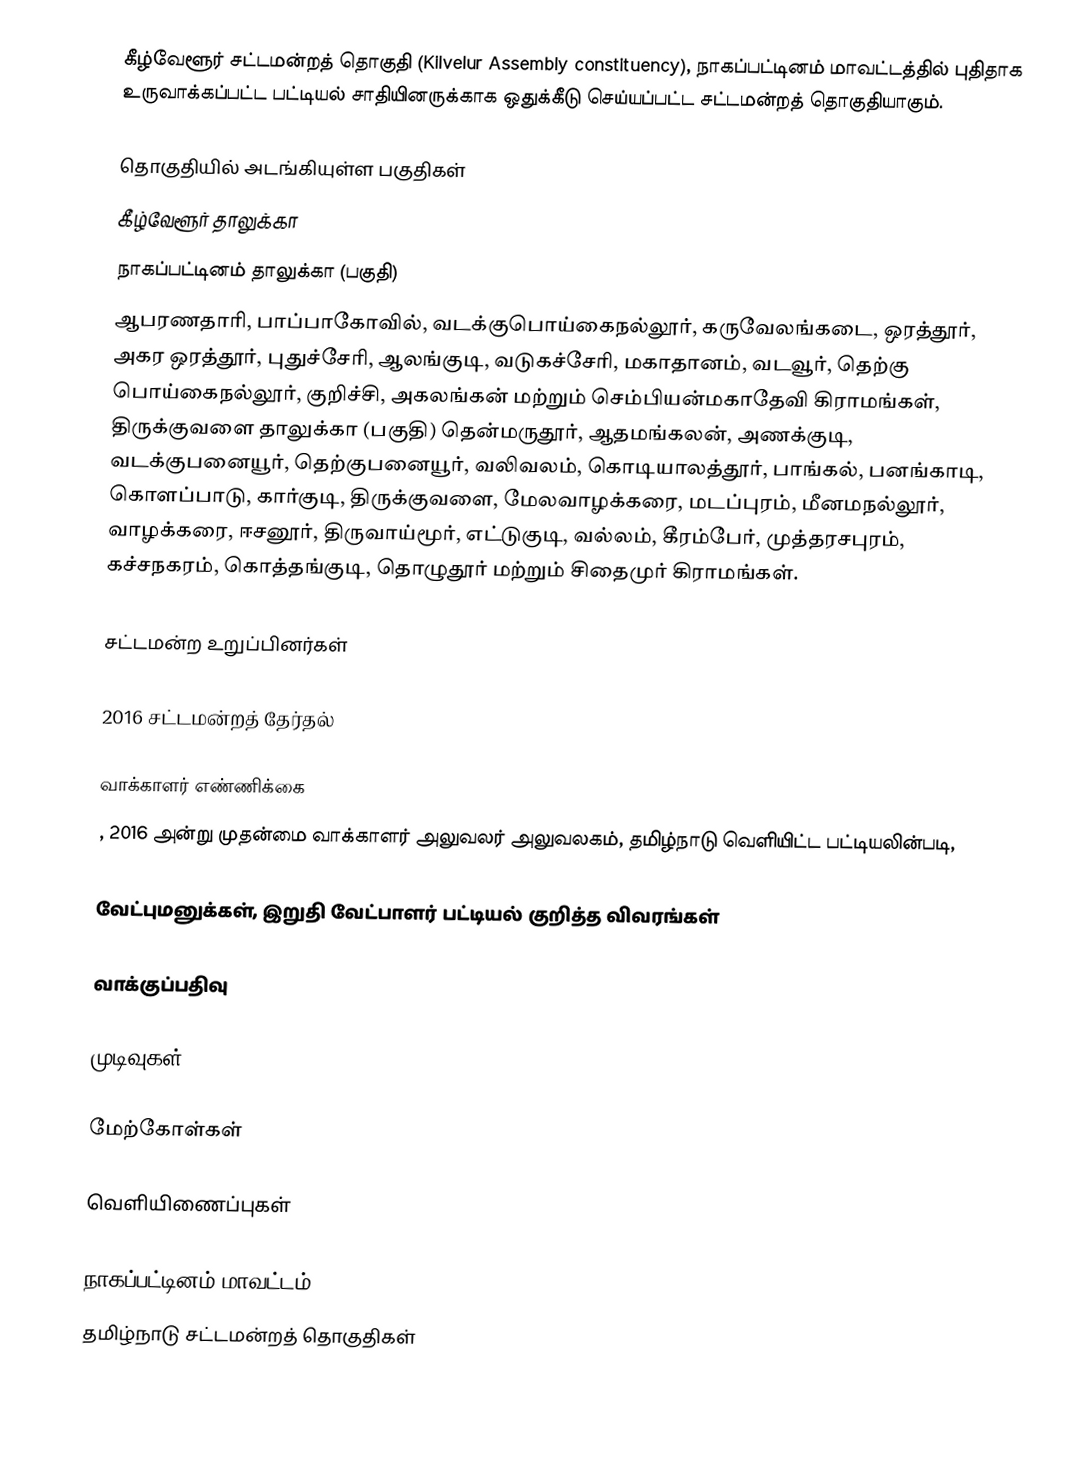
கீழ்வேளூர் சட்டமன்றத் தொகுதி (Kilvelur Assembly constituency),  நாகப்பட்டினம் மாவட்டத்தில் புதிதாக உருவாக்கப்பட்ட பட்டியல் சாதியினருக்காக ஒதுக்கீடு செய்யப்பட்ட சட்டமன்றத் தொகுதியாகும்.

தொகுதியில் அடங்கியுள்ள பகுதிகள்
கீழ்வேளூர் தாலுக்கா
நாகப்பட்டினம் தாலுக்கா (பகுதி)
ஆபரணதாரி, பாப்பாகோவில், வடக்குபொய்கைநல்லூர், கருவேலங்கடை, ஒரத்தூர், அகர ஒரத்தூர், புதுச்சேரி, ஆலங்குடி, வடுகச்சேரி, மகாதானம், வடவூர், தெற்கு பொய்கைநல்லூர், குறிச்சி, அகலங்கன் மற்றும் செம்பியன்மகாதேவி கிராமங்கள், திருக்குவளை தாலுக்கா (பகுதி) தென்மருதூர், ஆதமங்கலன், அணக்குடி, வடக்குபனையூர், தெற்குபனையூர், வலிவலம், கொடியாலத்தூர், பாங்கல், பனங்காடி, கொளப்பாடு, கார்குடி, திருக்குவளை, மேலவாழக்கரை, மடப்புரம், மீனமநல்லூர், வாழக்கரை, ஈசனூர், திருவாய்மூர், எட்டுகுடி, வல்லம், கீரம்பேர், முத்தரசபுரம், கச்சநகரம், கொத்தங்குடி, தொழுதூர் மற்றும் சிதைமுர் கிராமங்கள்.

சட்டமன்ற உறுப்பினர்கள்

2016 சட்டமன்றத் தேர்தல்

வாக்காளர் எண்ணிக்கை
, 2016 அன்று முதன்மை வாக்காளர் அலுவலர் அலுவலகம், தமிழ்நாடு வெளியிட்ட பட்டியலின்படி,

வேட்புமனுக்கள், இறுதி வேட்பாளர் பட்டியல் குறித்த விவரங்கள்

வாக்குப்பதிவு

முடிவுகள்

மேற்கோள்கள்

வெளியிணைப்புகள்

நாகப்பட்டினம் மாவட்டம்
தமிழ்நாடு சட்டமன்றத் தொகுதிகள்